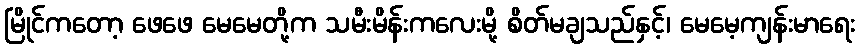
မြိုင်ကတော့ ဖေဖေ မေမေတို့က သမီးမိန်းကလေးမို့ စိတ်မချသည်နှင့်၊ မေမေ့ကျန်းမာရေး